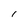
Character: I